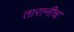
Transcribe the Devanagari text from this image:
तारानीच